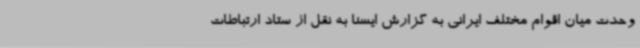
وحدت میان اقوام مختلف ایرانی به گزارش ایسنا به نقل از ستاد ارتباطات